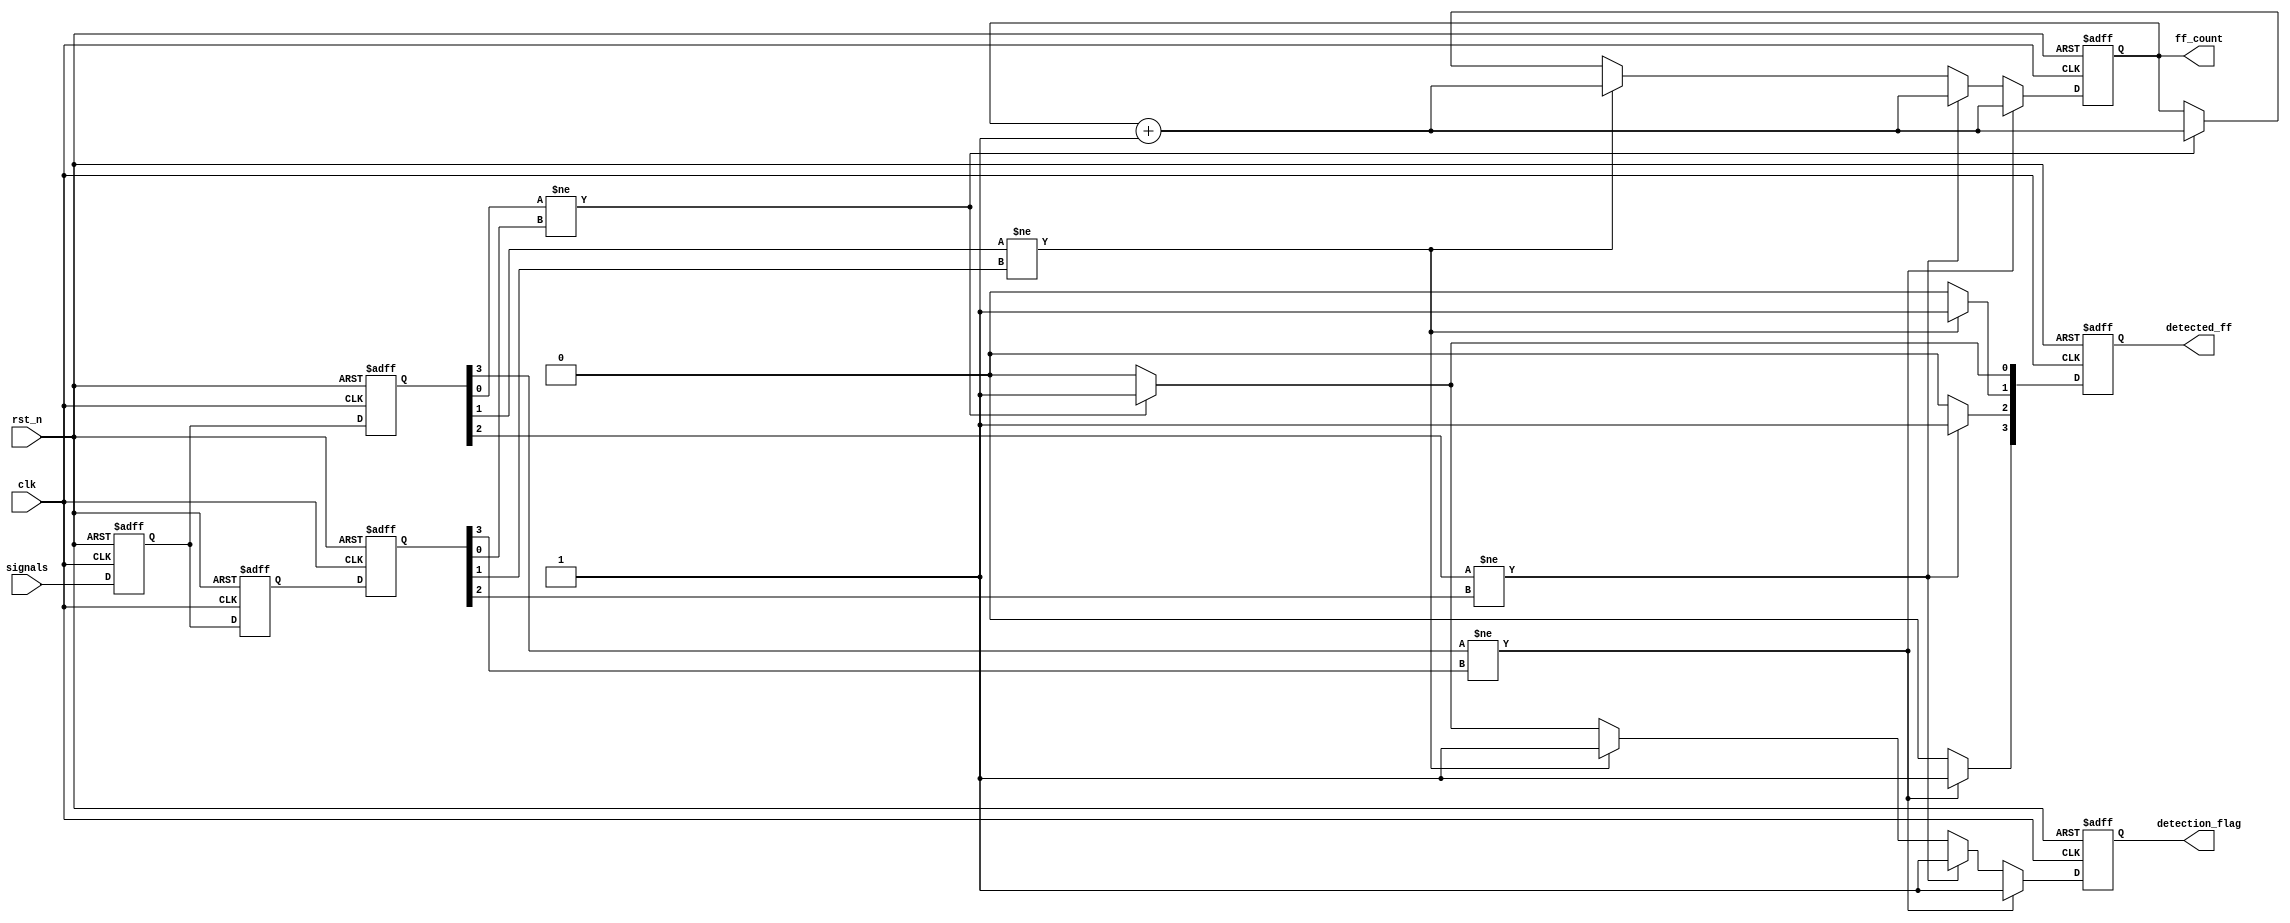
module flip_flop_detector #(
    parameter NUM_SIGNALS = 4, // Number of signals to monitor
    parameter MEMORY_DEPTH = 2 // Depth of state memory for each signal
)(
    input wire clk,                         // Clock signal
    input wire rst_n,                       // Active low reset
    input wire [NUM_SIGNALS - 1:0] signals, // Input signals to monitor
    output reg [NUM_SIGNALS - 1:0] detected_ff, // Detected flip-flops
    output reg [31:0] ff_count,             // Count of detected flip-flops
    output reg detection_flag                // Flag indicating detection
);

    // Memory blocks to store previous and current states
    reg [NUM_SIGNALS - 1:0] state_memory [0:MEMORY_DEPTH-1];
    reg [NUM_SIGNALS - 1:0] current_state, previous_state;

    // Counter for detected flip-flops
    integer i;

    // Detection logic
    always @(posedge clk or negedge rst_n) begin
        if (!rst_n) begin
            // Reset memory and counters
            current_state <= 0;
            previous_state <= 0;
            ff_count <= 0;
            detected_ff <= 0;
            detection_flag <= 0;
            // Clear memory
            for (i = 0; i < MEMORY_DEPTH; i = i + 1) begin
                state_memory[i] <= 0;
            end
        end else begin
            // Store current state in memory
            state_memory[1] <= state_memory[0]; // Shift previous state
            state_memory[0] <= signals;          // Store current signals

            // Update current and previous states
            previous_state <= state_memory[1];
            current_state <= state_memory[0];

            // Detect flip-flops
            detected_ff <= 0; // Clear detected flip-flops in this cycle
            detection_flag <= 0; // Reset detection flag

            for (i = 0; i < NUM_SIGNALS; i = i + 1) begin
                if (current_state[i] != previous_state[i]) begin
                    // Flip-flop behavior detected
                    detected_ff[i] <= 1;
                    ff_count <= ff_count + 1; // Increment count
                    detection_flag <= 1; // Set detection flag
                end
            end
        end
    end
endmodule